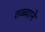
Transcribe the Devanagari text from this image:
तळ्याने